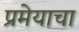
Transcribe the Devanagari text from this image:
प्रमेयाचा